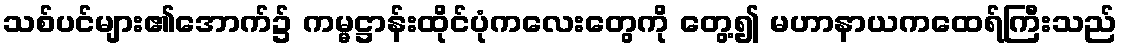
သစ်ပင်များ၏အောက်၌ ကမ္မဋ္ဌာန်းထိုင်ပုံကလေးတွေကို တွေ့၍ မဟာနာယကထေရ်ကြီးသည်